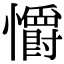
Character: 𢥚